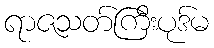
ရာဇသတ်ကြီးပုဒ်မ